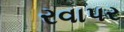
રવાપર